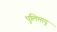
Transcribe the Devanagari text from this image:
पुलिमादु